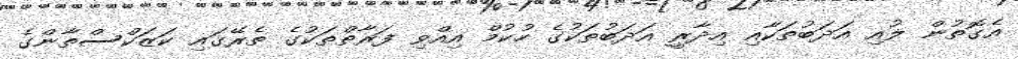
އެގޮތުން ލުއި އަދަބުތަކާއި އިދާރީ އަދަބުތަކުގެ ހުކުމް އިއްވި ފަރާތްތަކުގެ ތެރޭގައި ކަޒަކްސްތާންގެ